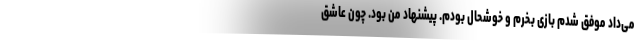
می‌داد موفق شدم بازی بخرم و خوشحال بودم. پیشنهاد من بود. چون عاشق